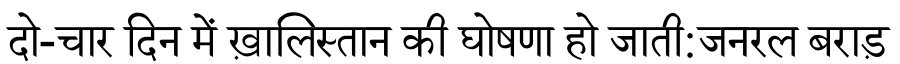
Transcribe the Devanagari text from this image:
दो-चार दिन में ख़ालिस्तान की घोषणा हो जाती:जनरल बराड़